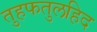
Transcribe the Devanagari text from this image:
तुहफतुलहिद